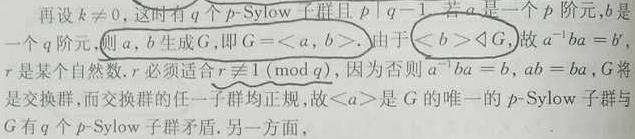
再设$k\neq0$，这时有$q$个$p$-Sylow子群且$p\mid q - 1$。若$a$是一个$p$阶元，$b$是一个$q$阶元，则$a$，$b$生成$G$，即$G=\langle a,b\rangle$。由于$\langle b\rangle\triangleleft G$，故$a^{-1}ba = b^{r}$，$r$是某个自然数。$r$必须适合$r\not\equiv1\pmod{q}$，因为否则$a^{-1}ba = b$，$ab = ba$，$G$将是交换群，而交换群的任一子群均正规，故$\langle a\rangle$是$G$的唯一的$p$-Sylow子群与$G$有$q$个$p$-Sylow子群矛盾。另一方面，